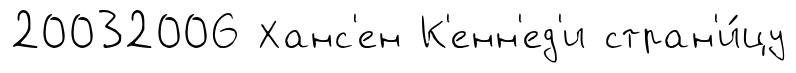
20032006 Ханс'ен К'енн'ед'и стран'и́цу